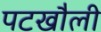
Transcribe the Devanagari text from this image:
पटखौली